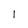
Character: l